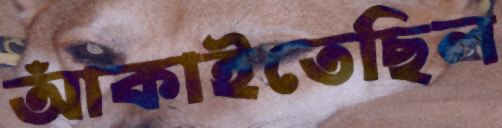
আঁকাইতেছিল